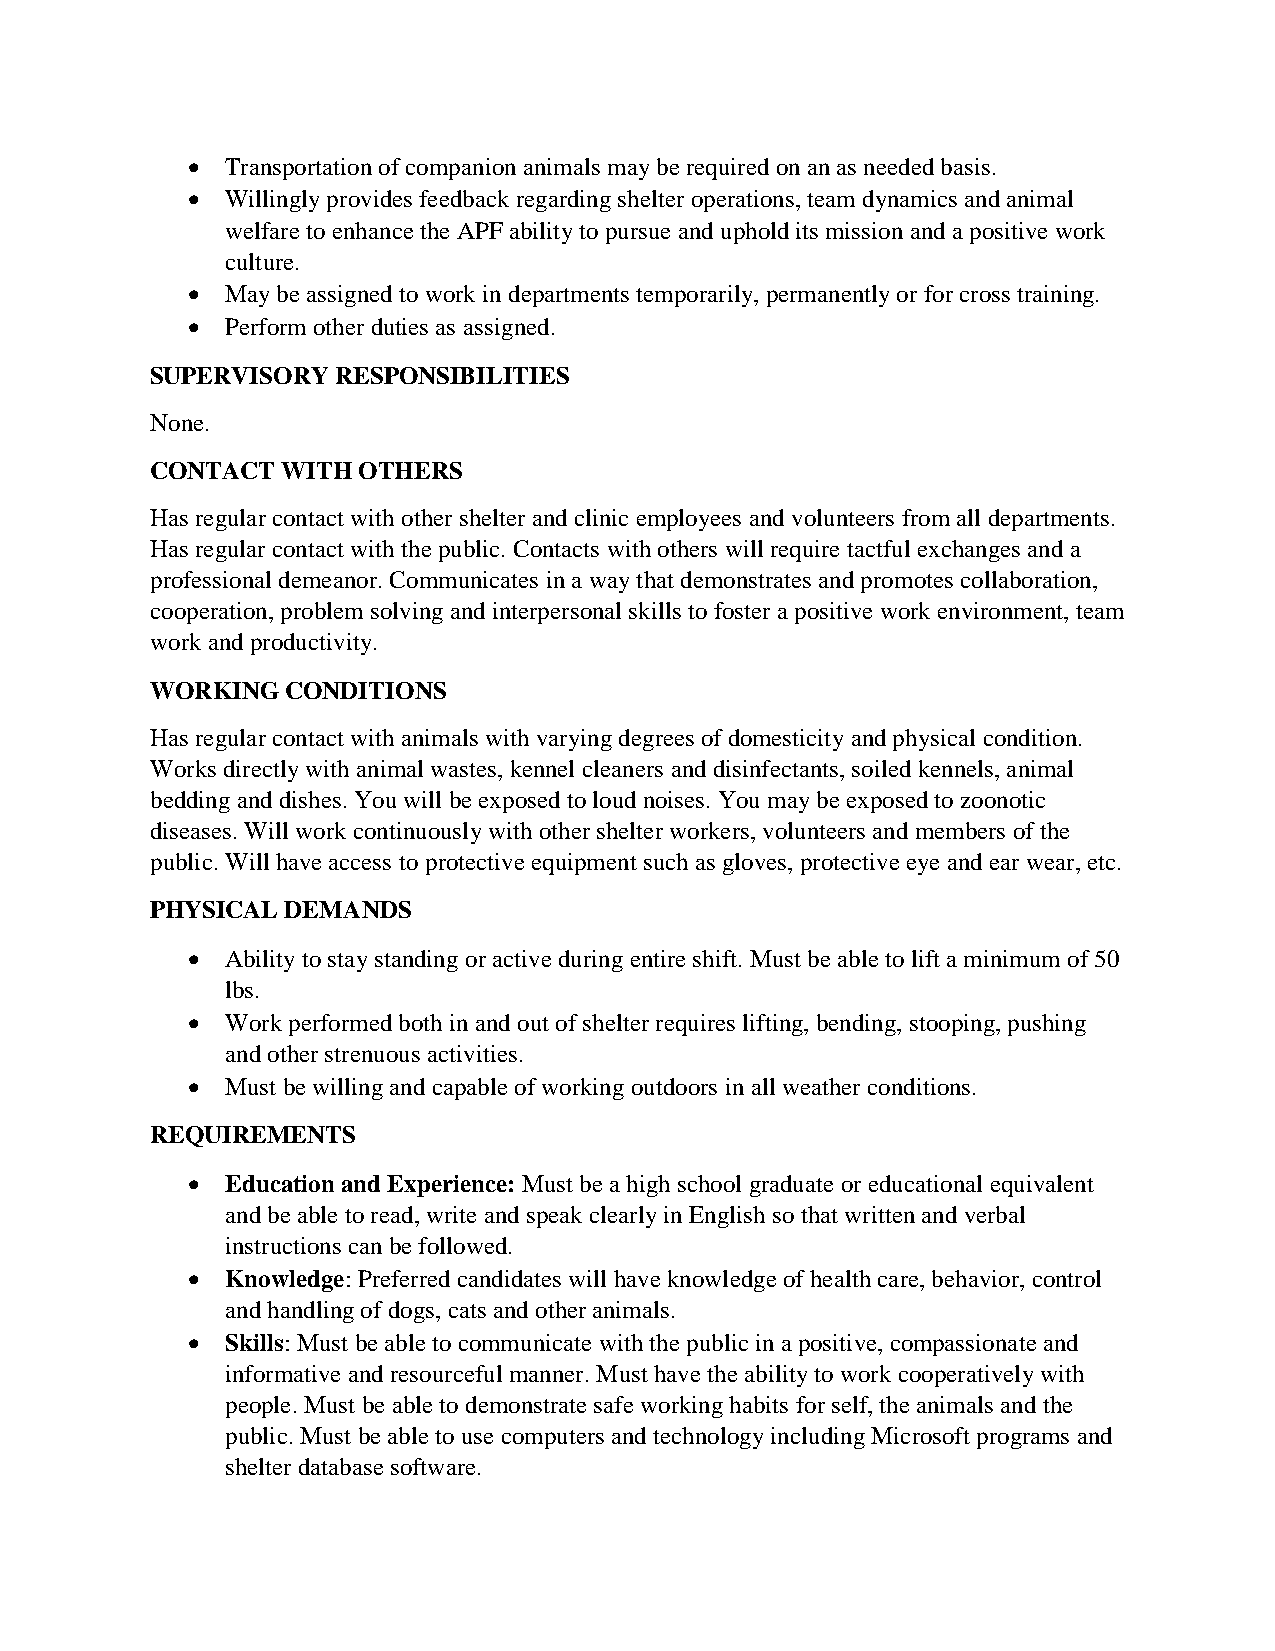
  Transportation of companion animals may be required on an as needed basis.
   Willingly provides feedback regarding shelter operations, team dynamics and animal
 welfare to enhance the APF ability to pursue and uphold its mission and a positive work
 culture.
   May be assigned to work in departments temporarily, permanently or for cross training.
   Perform other duties as assigned.
 SUPERVISORY RESPONSIBILITIES
 None.
 CONTACT  WITH OTHERS
 Has regular contact with other shelter and clinic employees and volunteers from all departments.
 Has regular contact with the public. Contacts with others will require tactful exchanges and a
 professional demeanor. Communicates in a way that demonstrates and promotes collaboration,
 cooperation, problem solving and interpersonal skills to foster a positive work environment, team
 work and productivity.
 WORKING  CONDITIONS
 Has regular contact with animals with varying degrees of domesticity and physical condition.
 Works directly with animal wastes, kennel cleaners and disinfectants, soiled kennels, animal
 bedding and dishes. You will be exposed to loud noises. You may be exposed to zoonotic
 diseases. Will work continuously with other shelter workers, volunteers and members of the
 public. Will have access to protective equipment such as gloves, protective eye and ear wear, etc.
 PHYSICAL DEMANDS
   Ability to stay standing or active during entire shift. Must be able to lift a minimum of 50
 lbs.
   Work performed both in and out of shelter requires lifting, bending, stooping, pushing
 and other strenuous activities.
   Must be willing and capable of working outdoors in all weather conditions.
 REQUIREMENTS
   Education and Experience: Must be a high school graduate or educational equivalent
 and be able to read, write and speak clearly in English so that written and verbal
 instructions can be followed.
   Knowledge: Preferred candidates will have knowledge of health care, behavior, control
 and handling of dogs, cats and other animals.
   Skills: Must be able to communicate with the public in a positive, compassionate and
 informative and resourceful manner. Must have the ability to work cooperatively with
 people. Must be able to demonstrate safe working habits for self, the animals and the
 public. Must be able to use computers and technology including Microsoft programs and
 shelter database software.